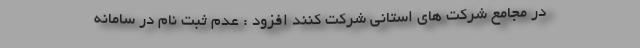
در مجامع شرکت های استانی شرکت کنند افزود : عدم ثبت نام در سامانه